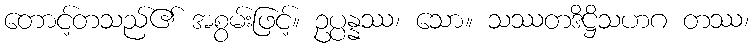
တောင့်တသည်၏ အစွမ်းဖြင့်။ ဥပ္ပန္နဿ၊ သော။ သဿတဒိဋ္ဌိသဟဂ တဿ၊